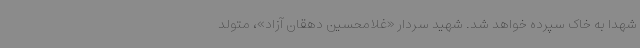
شهدا به خاک سپرده خواهد شد. شهید سردار «غلامحسین دهقان آزاد»، متولد